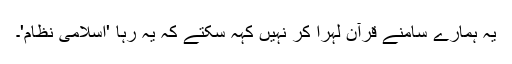
یہ ہمارے سامنے قرآن لہرا کر نہیں کہہ سکتے کہ یہ رہا 'اسلامی نظام'۔